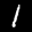
Label: 1